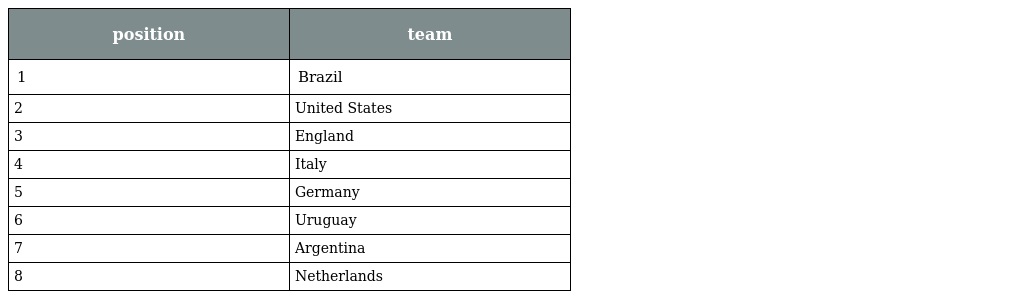
| position | team |
 | --- | --- |
 | 1 | Brazil |
 | 2 | United States |
 | 3 | England |
 | 4 | Italy |
 | 5 | Germany |
 | 6 | Uruguay |
 | 7 | Argentina |
 | 8 | Netherlands |